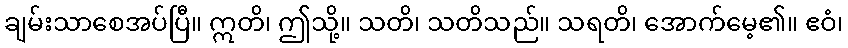
ချမ်းသာစေအပ်ပြီ။ ဣတိ၊ ဤသို့။ သတိ၊ သတိသည်။ သရတိ၊ အောက်မေ့၏။ ဧဝံ၊